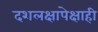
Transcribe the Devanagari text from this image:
दशलक्षापेक्षाही